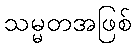
သမ္မတအဖြစ်